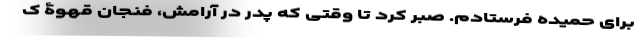
برای حمیده فرستادم. صبر کرد تا وقتی که پدر در آرامش، فنجان قهوۀ ک